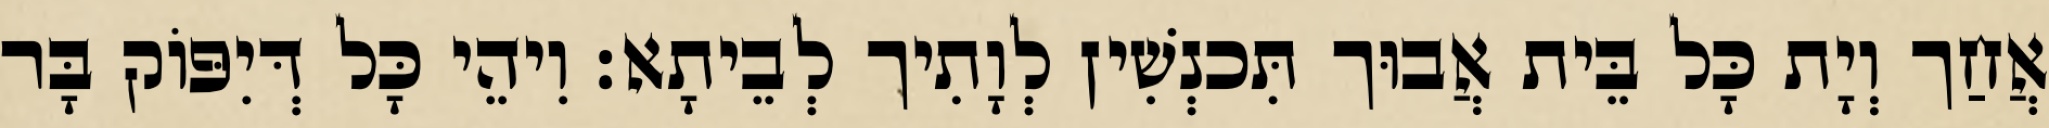
אֲחַך וְיָת כָּל בֵּית אֲבוּך תִּכנְשִׁין לְוָתִיך לְבֵיתָא׃ וִיהֵי כָּל דְּיִפּוֹק בָּר